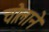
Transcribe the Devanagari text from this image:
चोलाने